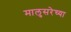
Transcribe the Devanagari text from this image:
मालुसरेच्या